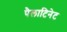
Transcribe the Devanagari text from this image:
पैलाटिनेट